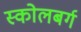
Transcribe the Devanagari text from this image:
स्कोलबर्ग